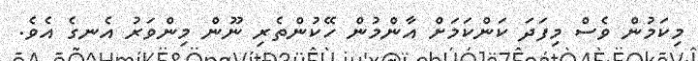
މިކަމުން ވެސް މިފަދަ ކަންކަމަށް އާންމުން ހޭކުންތެރި ނޫން މިންވަރު އެނގެ އެވެ.